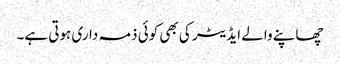
چھاپنے والے ایڈیٹر کی بھی کوئی ذمہ داری ہوتی ہے۔